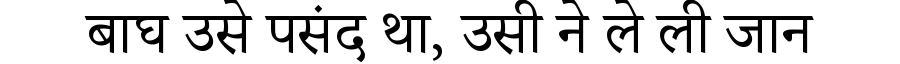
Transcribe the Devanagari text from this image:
बाघ उसे पसंद था, उसी ने ले ली जान